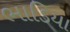
ભાડિયા